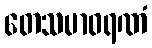
တေသမာဝရဏံ